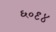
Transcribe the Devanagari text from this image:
६०९४